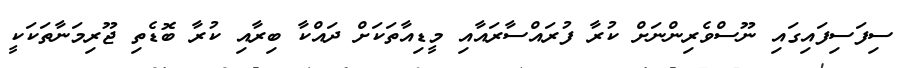
ސިފަސިފައިގައި ނޫސްވެރިންނަށް ކުރާ ފުރައްސާރައާއި މީޑިއާތަކަށް ދައްކާ ބިރާއި ކުރާ ބޮޑެތި ޖޫރިމަނާތަކަކީ